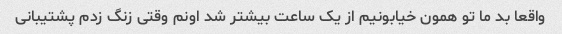
واقعا بد ما تو همون خیابونیم از یک ساعت بیشتر شد اونم وقتی زنگ زدم پشتیبانی